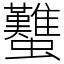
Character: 𧕴